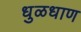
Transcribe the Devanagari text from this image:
धुळधाण